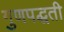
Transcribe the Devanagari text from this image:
गुणपद्धती